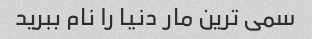
سمی ترین مار دنیا را نام ببرید